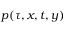
p ( \tau , x , t , y )